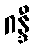
ဂန္ဒီ